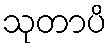
သုတာပိ